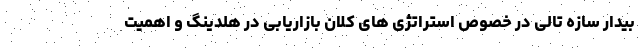
بیدار سازه تالی در خصوص استراتژی های کلان بازاریابی در هلدینگ و اهمیت